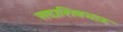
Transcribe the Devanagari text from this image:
सदाशिवभाऊ